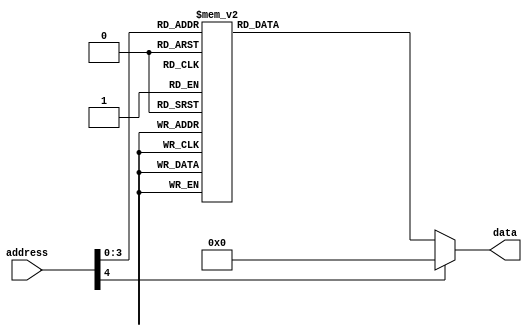
`ifndef M_get_radian
`define M_get_radian

module get_radian (
  input [4:0] address,
  output reg [15:0] data
);
    always @(*) begin
        case (address)
            4'd0:  data = 16'b1100100100001111;
            4'd1:  data = 16'b0111011010110001;
            4'd2:  data = 16'b0011111010110110;
            4'd3:  data = 16'b0001111111010101;
            4'd4:  data = 16'b0000111111111010;
            4'd5:  data = 16'b0000011111111111;
            4'd6:  data = 16'b0000001111111111;
            4'd7:  data = 16'b0000000111111111;
            4'd8:  data = 16'b0000000011111111;
            4'd9:  data = 16'b0000000001111111;
            4'd10: data = 16'b0000000000111111;
            4'd11: data = 16'b0000000000011111;
            4'd12: data = 16'b0000000000001111;
            4'd13: data = 16'b0000000000000111;
            4'd14: data = 16'b0000000000000011;
            4'd15: data = 16'b0000000000000001;
            default: data = 0;
        endcase
    end
endmodule

`endif